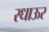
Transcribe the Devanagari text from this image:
रधाऊर